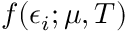
f ( \epsilon _ { i } ; \mu , T )